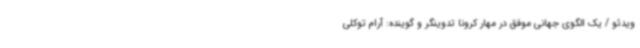
ویدئو / یک الگوی جهانی موفق در مهار کرونا تدوینگر و گوینده: آرام توکلی